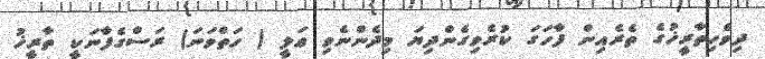
ދިވެހިތާރީޚުގެ ތެރެއިން ފާހަގަ ކުރެވިގެންދިޔަ މިދެންނެވި ޢަލީ ( ހަތްވަނަ) ރަސްގެފާނަކީ ތާރީޚު